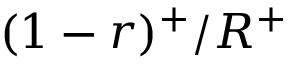
( 1 - r ) ^ { + } / R ^ { + }